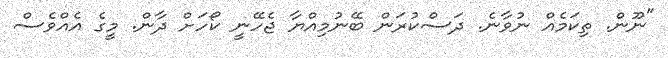
"ނޫން. ތިކަމެއް ނުވާނެ. ދަސްކުރަން ބޭނުމިއްޔާ ޖެހޭނީ ކޯހަށް ދާން. މީގެ އެއްވެސް